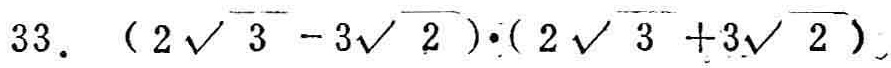
$33.\ (2\sqrt{3}-3\sqrt{2})\cdot(2\sqrt{3}+3\sqrt{2})$